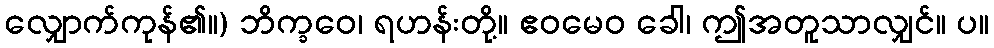
လျှောက်ကုန်၏။) ဘိက္ခဝေ၊ ရဟန်းတို့။ ဧဝမေဝ ခေါ၊ ဤအတူသာလျှင်။ ပ။